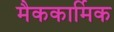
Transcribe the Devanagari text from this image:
मैककार्मिक